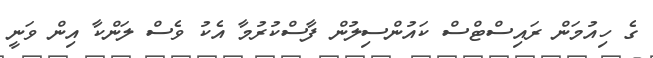
ގެ ހިއުމަން ރައިސްޓްސް ކައުންސިލުން ފާސްކުރުމާ އެކު ވެސް ލަންކާ އިން ވަނީ